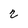
Character: 2